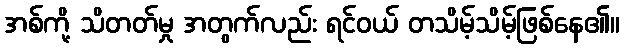
အစ်ကို့ သိတတ်မှု အတွက်လည်း ရင်ဝယ် တသိမ့်သိမ့်ဖြစ်နေ၏။